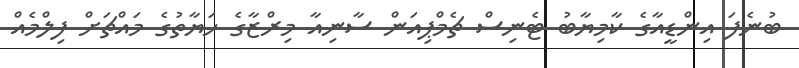
ބުނެފަ އިންޑީއާގެ ކާމިޔާބު ޓެނިސް ޗެމްޕިއަން ސާނިއާ މިރްޒާގެ ހަޔާތުގެ މައްޗަށް ފިލްމެއް